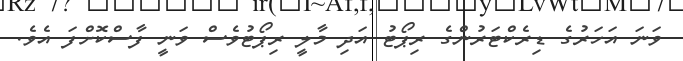
ވަނަ އަހަރުގެ ޑިރެކްޓަރުންގެ ރިޕޯޓު އަދި މާލީ ރިޕޯޓުވެސް ވަނީ ފާސްކޮށްފަ އެވެ.